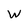
Character: W